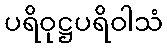
ပရိဝုဋ္ဌပရိဝါသံ